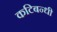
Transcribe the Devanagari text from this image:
कटिबन्धी